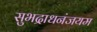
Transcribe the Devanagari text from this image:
सुभद्राधनंजयम